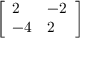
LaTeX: \left[ { \begin{array} { l l } { 2 } & { - 2 } \\ { - 4 } & { 2 } \end{array} } \right]